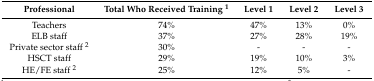
| Professional | Total Who Received Training 1 | Level 1 | Level 2 | Level 3 |
 | --- | --- | --- | --- | --- |
 | Teachers | 74% | 47% | 13% | 0% |
 | ELB staff | 37% | 27% | 28% | 19% |
 | Private sector staff 2 | 30% | - | - | - |
 | HSCT staff | 29% | 19% | 10% | 3% |
 | HE/FE staff 2 | 25% | 12% | 5% | - |